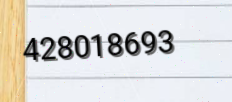
428018693